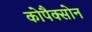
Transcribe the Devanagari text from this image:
कोपैक्सोन